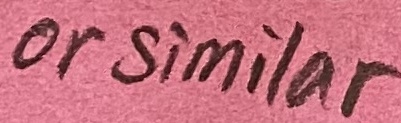
Text: or similar